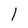
Character: 1